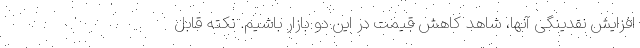
افزایش نقدینگی‌ آنها، شاهد کاهش قیمت در این دو بازار باشیم. نکته قابل